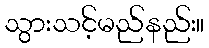
သွားသင့်မည်နည်း။